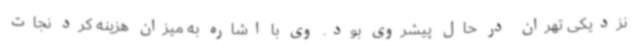
نزدیکی تهران در حال پیشروی بود. وی با اشاره به میزان هزینه کرد نجات